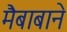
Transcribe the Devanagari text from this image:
मैबाबाने